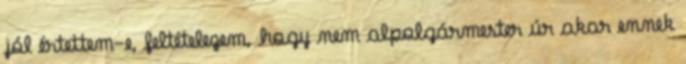
jól értettem-e, feltételezem, hogy nem alpolgármester úr akar ennek